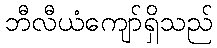
ဘီလီယံကျော်ရှိသည်